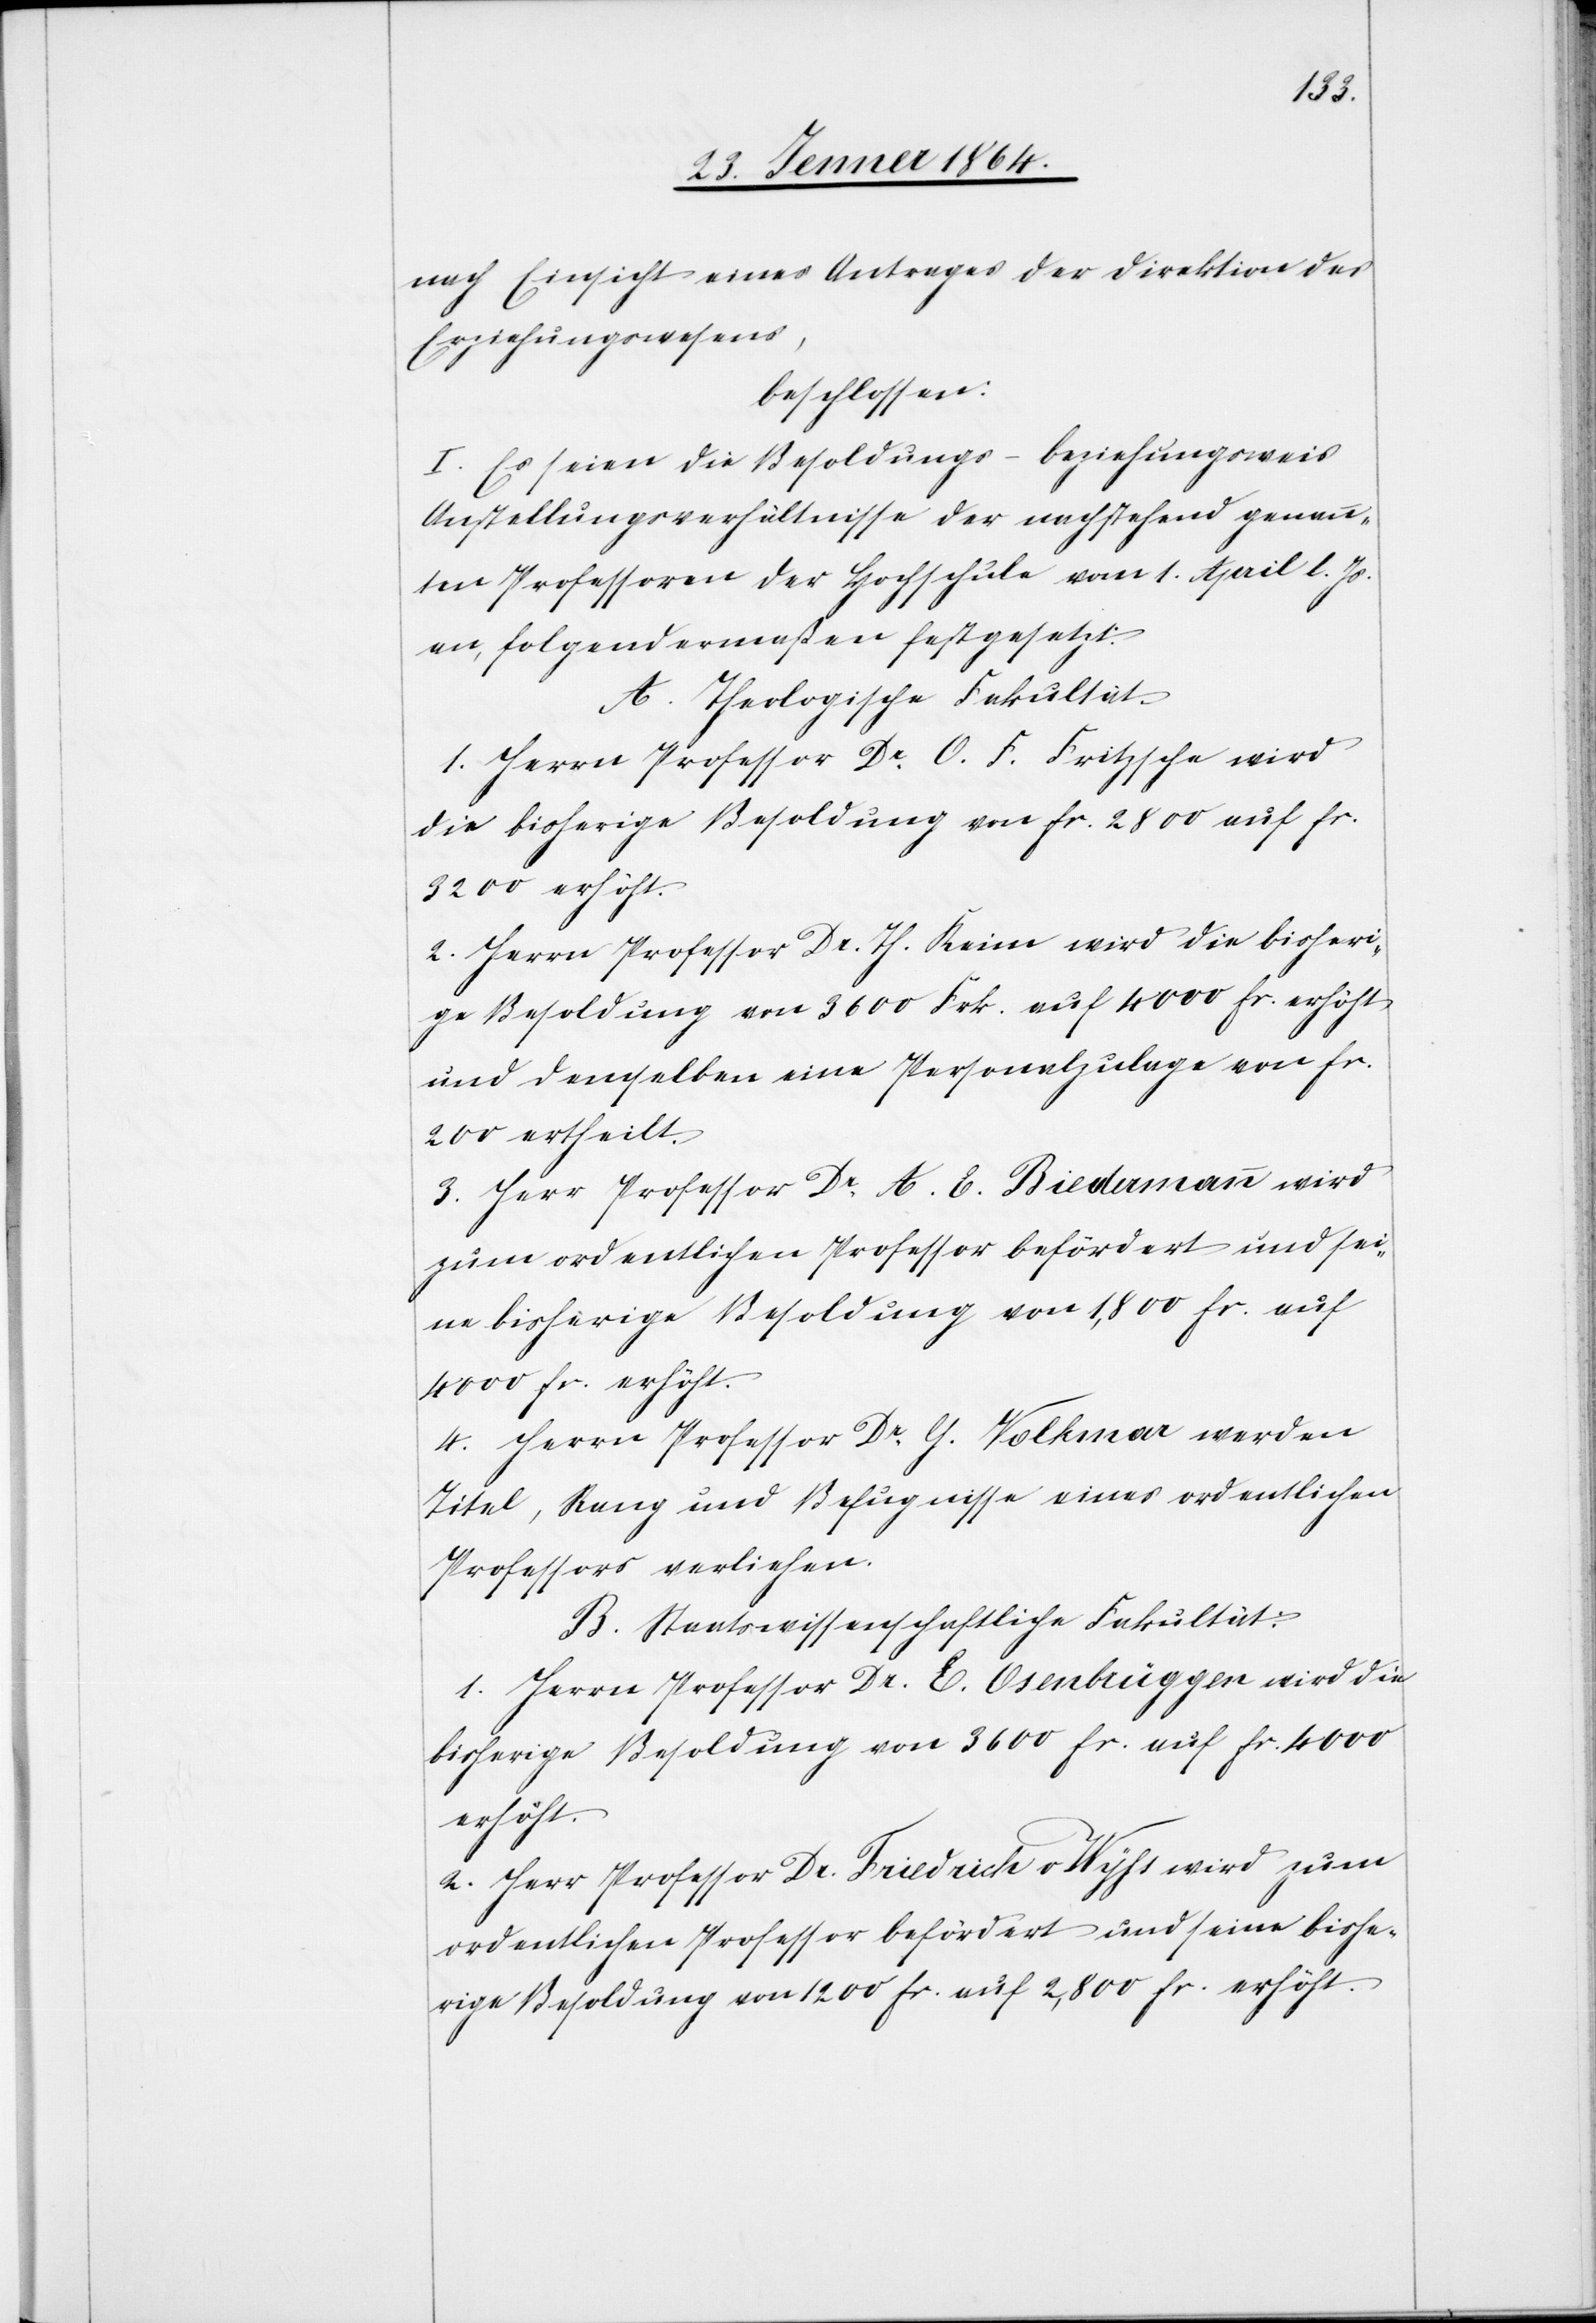
nach Einsicht eines Antrages der Direktion des
Erziehungswesens,
beschlossen:
I. Es seien die Besoldungs- beziehungsweis
Anstellungsverhältnisse der nachstehend genann¬
ten Professoren der Hochschule vom 1. April l. Js.
an, folgendermaßen festgesetzt.
A. Theologische Fakultät.
1. Herrn Professor Dr O. F. Fritzsche wird
die bisherige Besoldung von fr. 2800 auf fr.
3200 erhöht.
2. Herrn Professor Dr. Th. Keim wird die bisheri¬
ge Besoldung von 3600 Frk. auf 4000 fr. erhöht
und demselben eine Personalzulage von fr.
200 ertheilt.
3. Herr Professor Dr A. C. Biedermann wird
zum ordentlichen Professor befördert und sei¬
ne bisherige Besoldung von 1,800 fr. auf
4000 fr. erhöht.
4. Herrn Professor Dr G. Volkmar werden
Titel, Rang und Befugnisse eines ordentlichen
Professors verliehen.
B. Staatswissenschaftliche Fakultät:
1. Herrn Professor Dr. E. Osenbrügger wird die
bisherige Besoldung von 3600 fr. auf fr. 4000
erhöht.
2. Herr Professor Dr. Friedrich v Wyhs wird zum
ordentlichen Professor befördert und seine bishe¬
rige Besoldung von 1200 fr. auf 2,800 fr. erhöht.